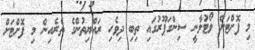
މި ފޮށްޓަށް ވޯޓުލާނީ ސިންގަޕޫރުގައި ތިބި ދިވެހި ރައްޔިތުންގެ ތެރެއިން މި ފޮށްޓަށް